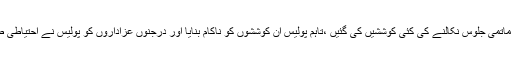
اس دوران سیول لائنز میں ماتمی جلوس نکالنے کی کئی کوششیں کی گئیں ،تاہم پولیس ان کوششوں کو ناکام بنایا اور درجنوں عزاداروں کو پولیس نے احتیاطی طور پر حراست میں لیا تھا۔